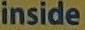
inside